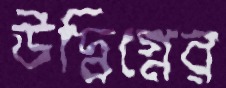
উদ্বিগ্নের